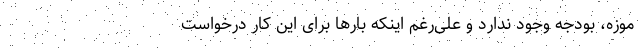
موزه، بودجه وجود ندارد و علی‌رغم اینکه بارها برای این کار درخواست